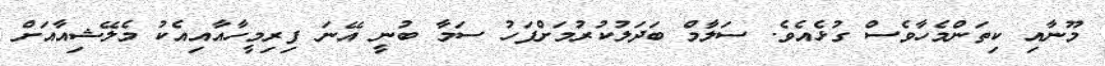
މޫނާއި ކިތަންމެހާވެސް ގުޅެއެވެ. ސަލާމް ބަދަލުކުރުމަށްފަހު ސަމާ ބުނީ އޭނަ ފިރިމީހާއާއިއެކު މެލޭޝިއާއަށް